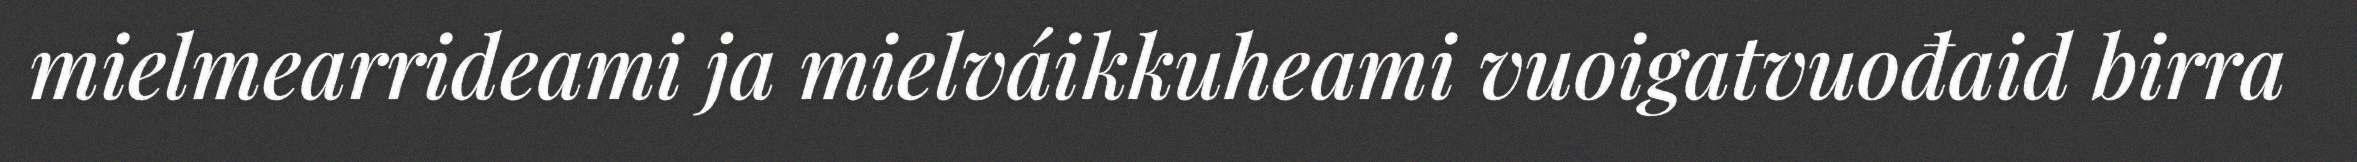
mielmearrideami ja mielváikkuheami vuoigatvuođaid birra